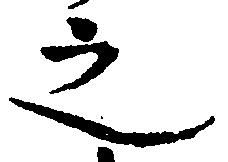
之